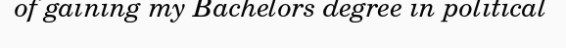
of gaining my Bachelors degree in political